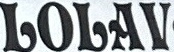
LOLAV